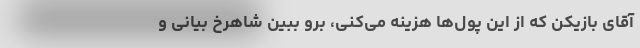
آقای بازیکن که از این پول‌ها هزینه می‌کنی، برو ببین شاهرخ بیانی و